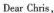
Dear Chris,